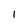
Character: 1